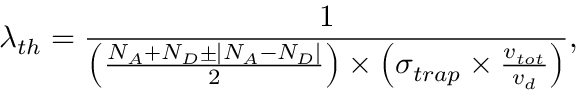
\lambda _ { t h } = \frac { 1 } { \left( \frac { N _ { A } + N _ { D } \pm \left| N _ { A } - N _ { D } \right| } { 2 } \right) \times \left( \sigma _ { t r a p } \times \frac { v _ { t o t } } { v _ { d } } \right) } ,